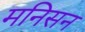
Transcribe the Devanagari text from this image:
मनिसन